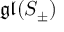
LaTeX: { \mathfrak { g l } } ( S _ { \pm } )